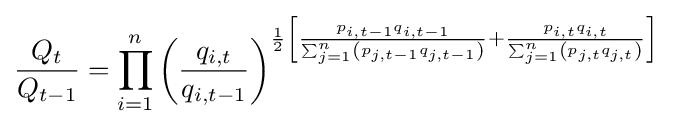
{\frac {Q_{t}}{Q_{t-1}}}=\prod _{i=1}^{n}\left({\frac {q_{i,t}}{q_{i,t-1}}}\right)^{{\frac {1}{2}}\left[{\frac {p_{i,t-1}q_{i,t-1}}{\sum _{j=1}^{n}\left(p_{j,t-1}q_{j,t-1}\right)}}+{\frac {p_{i,t}q_{i,t}}{\sum _{j=1}^{n}\left(p_{j,t}q_{j,t}\right)}}\right]}